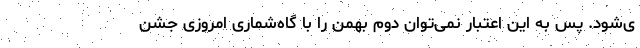
ی‌شود. پس به این اعتبار نمی‌توان دوم بهمن را با گاه‌شماری امروزی جشن